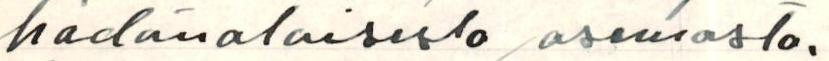
hädänalaisesta asemasta.